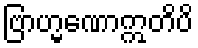
ဗြာဟ္မဏောဣတိပိ